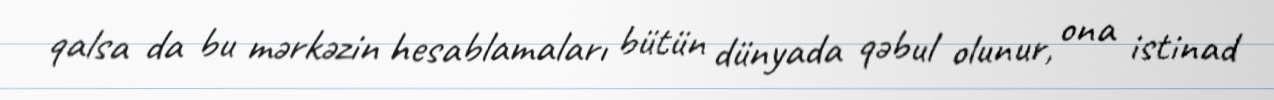
qalsa da bu mərkəzin hesablamaları bütün dünyada qəbul olunur, ona istinad